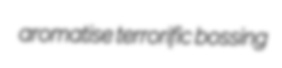
aromatise terrorific bossing